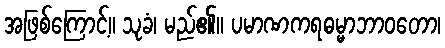
အဖြစ်ကြောင့်။ သုခံ၊ မည်၏။ ပမာဏကရဓမ္မာဘာဝတော၊